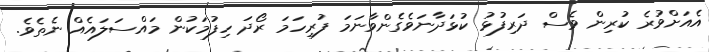
އެއަށްވުރެ ކުރިން ވެސް ދަރިފުޅު ކުޅަދާނަވެގެންވާނަމަ ފުރިހަމަ ރޯދަ ހިފުމަކުން މައްސަލައެއް ނެތެވެ.